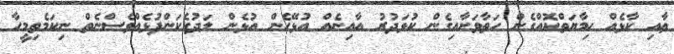
ޢާއި ކާޅެއް ހިމާޔަތްކޮއްގެން ހަތާވަށާއިގެން ކުޅަދުރު އާއިނެއް އުޅޭހެން އުޅެން ލަދުގެކަންފުޅެއްވެސްނެތް ނިކަމެތިމީހާ